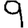
Digit: 9